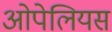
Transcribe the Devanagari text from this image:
ओपेलियस